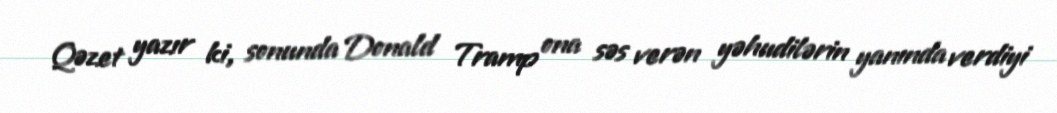
Qəzet yazır ki, sonunda Donald Tramp ona səs verən yəhudilərin yanında verdiyi